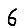
Digit: 6